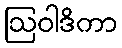
ဩဝါဒိကာ